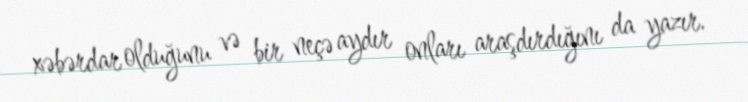
xəbərdar olduğunu və bir neçə aydır onları araşdırdığını da yazır.